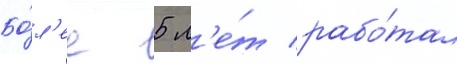
Бо́л'ее 5 л'е́т рабо́тал